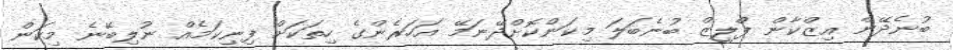
ބުނެދޭން އިޒްކާން ޕްލީޒް ބުނެބަލަ މިކަންކޮށްދޭނަމޭ އަހަރެންގެ ހިތަކަށް ފިނިކަމެއް ނުލިބޭނެ މިކަން